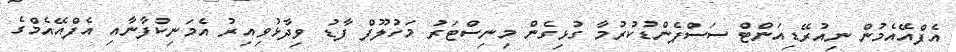
އެފްއޭއެމުން ނިއުރޭޑިއަންޓް ސަސްޕެންޑުކުރުމާ ގުޅިގެން މިނިސްޓަރު މަހުލޫފް ފާޑު ވިދާޅުވިއިރު އެމަނިކުފާނާއި އެފްއޭއެމްގެ